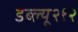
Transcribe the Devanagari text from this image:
डब्ल्यू२१२